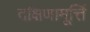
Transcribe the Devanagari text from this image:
दक्षिणामूर्त्ति